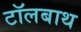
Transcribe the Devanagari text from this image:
टॉलबाथ